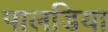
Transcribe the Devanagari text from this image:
पालडिया